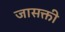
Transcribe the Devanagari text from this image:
जासक्ती